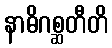
နာဓိဂစ္ဆတီတိ